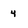
Character: 4